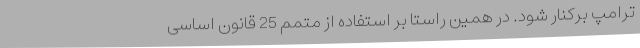
ترامپ برکنار شود. در همین راستا بر استفاده از متمم 25 قانون اساسی